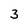
Character: 3